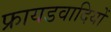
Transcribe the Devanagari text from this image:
फ्रायडवादियों